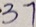
3 7